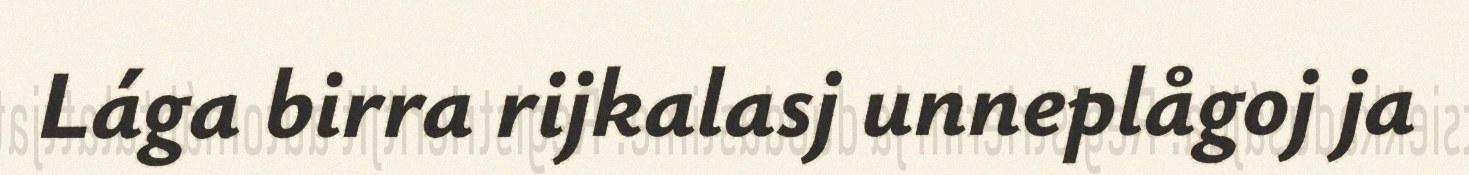
Lága birra rijkalasj unneplågoj ja